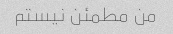
من مطمئن نیستم